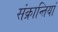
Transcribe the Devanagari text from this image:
संक्रान्तियां